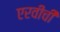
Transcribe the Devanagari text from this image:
एरवीची